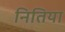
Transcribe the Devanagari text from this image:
नितिया